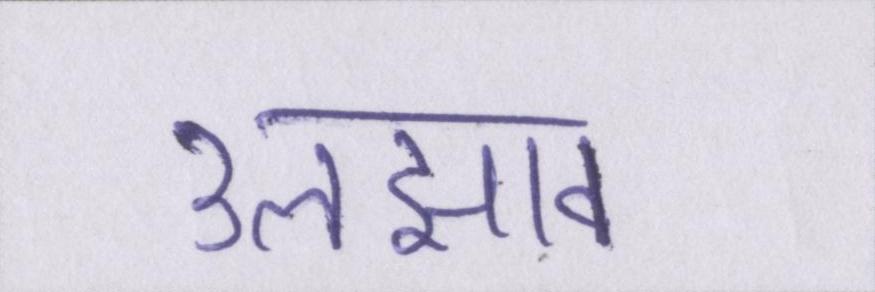
उलझाव